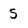
Character: S